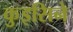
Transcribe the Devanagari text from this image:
कुइसिने